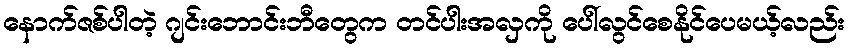
နောက်ဇစ်ပါတဲ့ ဂျင်းဘောင်းဘီတွေက တင်ပါးအလှကို ပေါ်လွင်စေနိုင်ပေမယ့်လည်း